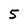
Character: 5